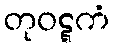
တုဝဋ္ဋကံ